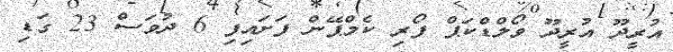
އުރީދޫ އުރީދޫ ވޯލްޑްކަޕް ފޯރި ކެމްޕޭން ފަށައިފި 6 ދުވަސް 23 ގަޑި